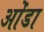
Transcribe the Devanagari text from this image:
ओंडा